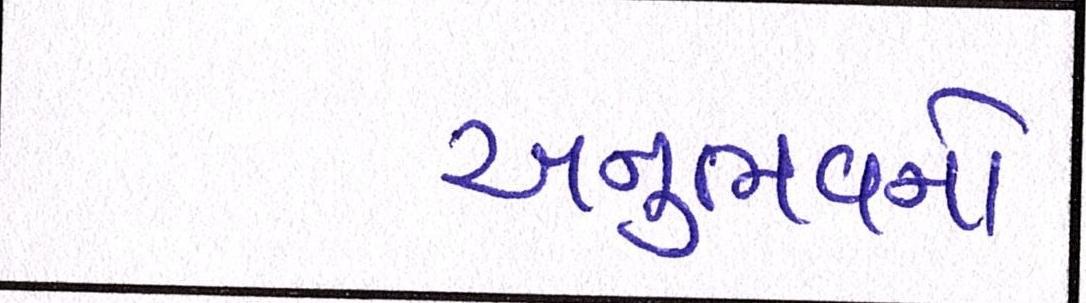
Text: અનુભવનો